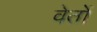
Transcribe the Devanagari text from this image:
वेतों